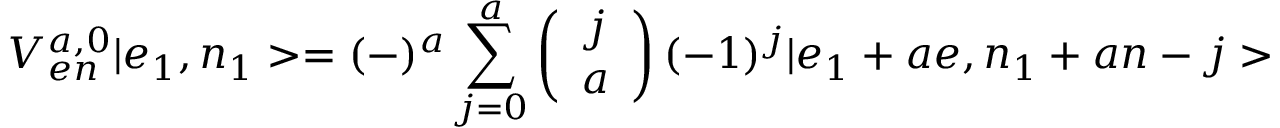
V _ { e n } ^ { a , 0 } | e _ { 1 } , n _ { 1 } > = ( - ) ^ { a } \sum _ { j = 0 } ^ { a } \left( \begin{array} { c c } { { j } } \\ { { a } } \end{array} \right) ( - 1 ) ^ { j } | e _ { 1 } + a e , n _ { 1 } + a n - j >